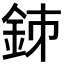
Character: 𨥳